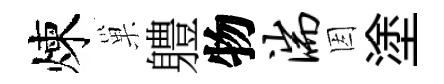
煉巢軆物湍因塗